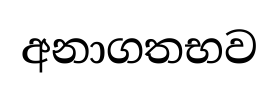
අනාගතභව